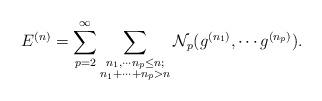
LaTeX: \begin{align*}E^{(n)}=\sum_{p=2}^{\infty}\sum_{\substack{n_1,\cdots n_p\leq n;\\n_1+\cdots +n_p>n}}\mathcal{N}_p(g^{(n_1)},\cdots g^{(n_p)}).\end{align*}